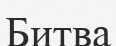
Битва